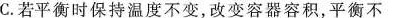
C.若平衡时保持温度不变，改变容器容积，平衡不